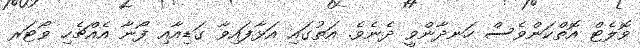
ވޮލެޓް އޮތްކަންވެސް ހަނދާންވީ ދެނެވެ. އަތުގައި އަޅާފައިވާ ގަޑިއާއި ފޯނާ އެއްޗެހި ވޯޓަރ